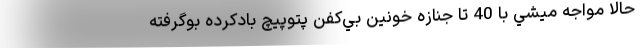
حالا مواجه ميشي با 40 تا جنازه خونين بي‌كفن پتوپيچ بادكرده بوگرفته